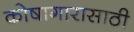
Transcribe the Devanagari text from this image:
कोषागारासाठी